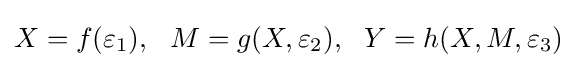
X=f(\varepsilon _{1}),~~M=g(X,\varepsilon _{2}),~~Y=h(X,M,\varepsilon _{3})